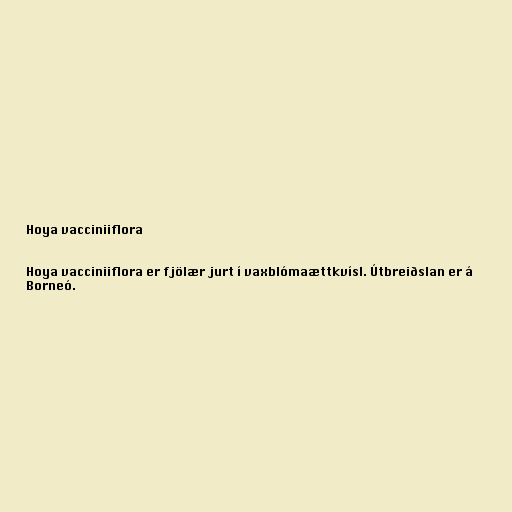
Hoya vacciniiflora

Hoya vacciniiflora er fjölær jurt í vaxblómaættkvísl. Útbreiðslan er á
Borneó.